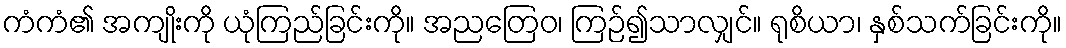
ကံကံ၏ အကျိုးကို ယုံကြည်ခြင်းကို။ အညတြေဝ၊ ကြဉ်၍သာလျှင်။ ရုစိယာ၊ နှစ်သက်ခြင်းကို။